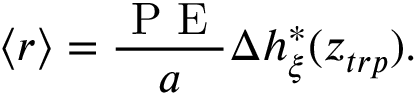
\langle r \rangle = \frac { \textrm { P E } } { a } \Delta h _ { \xi } ^ { * } ( z _ { t r p } ) .